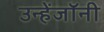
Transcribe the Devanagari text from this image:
उन्हेंजॉनी